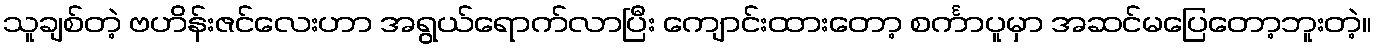
သူချစ်တဲ့ ဗဟိန်းဇင်လေးဟာ အရွယ်ရောက်လာပြီး ကျောင်းထားတော့ စင်္ကာပူမှာ အဆင်မပြေတော့ဘူးတဲ့။